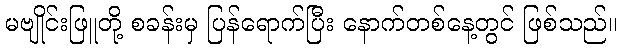
မဗျိုင်းဖြူတို့ စခန်းမှ ပြန်ရောက်ပြီး နောက်တစ်နေ့တွင် ဖြစ်သည်။